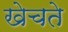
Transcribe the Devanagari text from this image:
खेचते